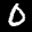
Label: 0